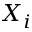
X _ { i }